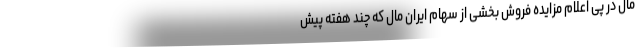
مال در پی اعلام مزایده فروش بخشی از سهام ایران مال که چند هفته پیش